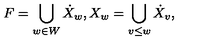
F = \bigcup _ { w \in W } \dot { X } _ { w } , X _ { w } = \bigcup _ { v \leq w } \dot { X } _ { v } ,